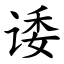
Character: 诿